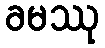
ခမဿု